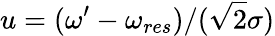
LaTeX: u=(\omega^{\prime}-\omega_{res})/(\sqrt{2}\sigma)